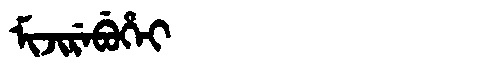
Manchu: ᠮᡳᠵᡳᡵᡝᠪᡠᡥᡝᡳ
Romanization: MIJIREBUHEI